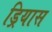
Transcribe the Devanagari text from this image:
ड्रियास